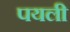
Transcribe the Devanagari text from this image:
पयली